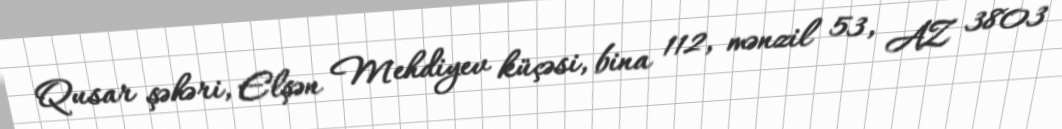
Qusar şəhəri, Elşən Mehdiyev küçəsi, bina 112, mənzil 53, AZ 3803